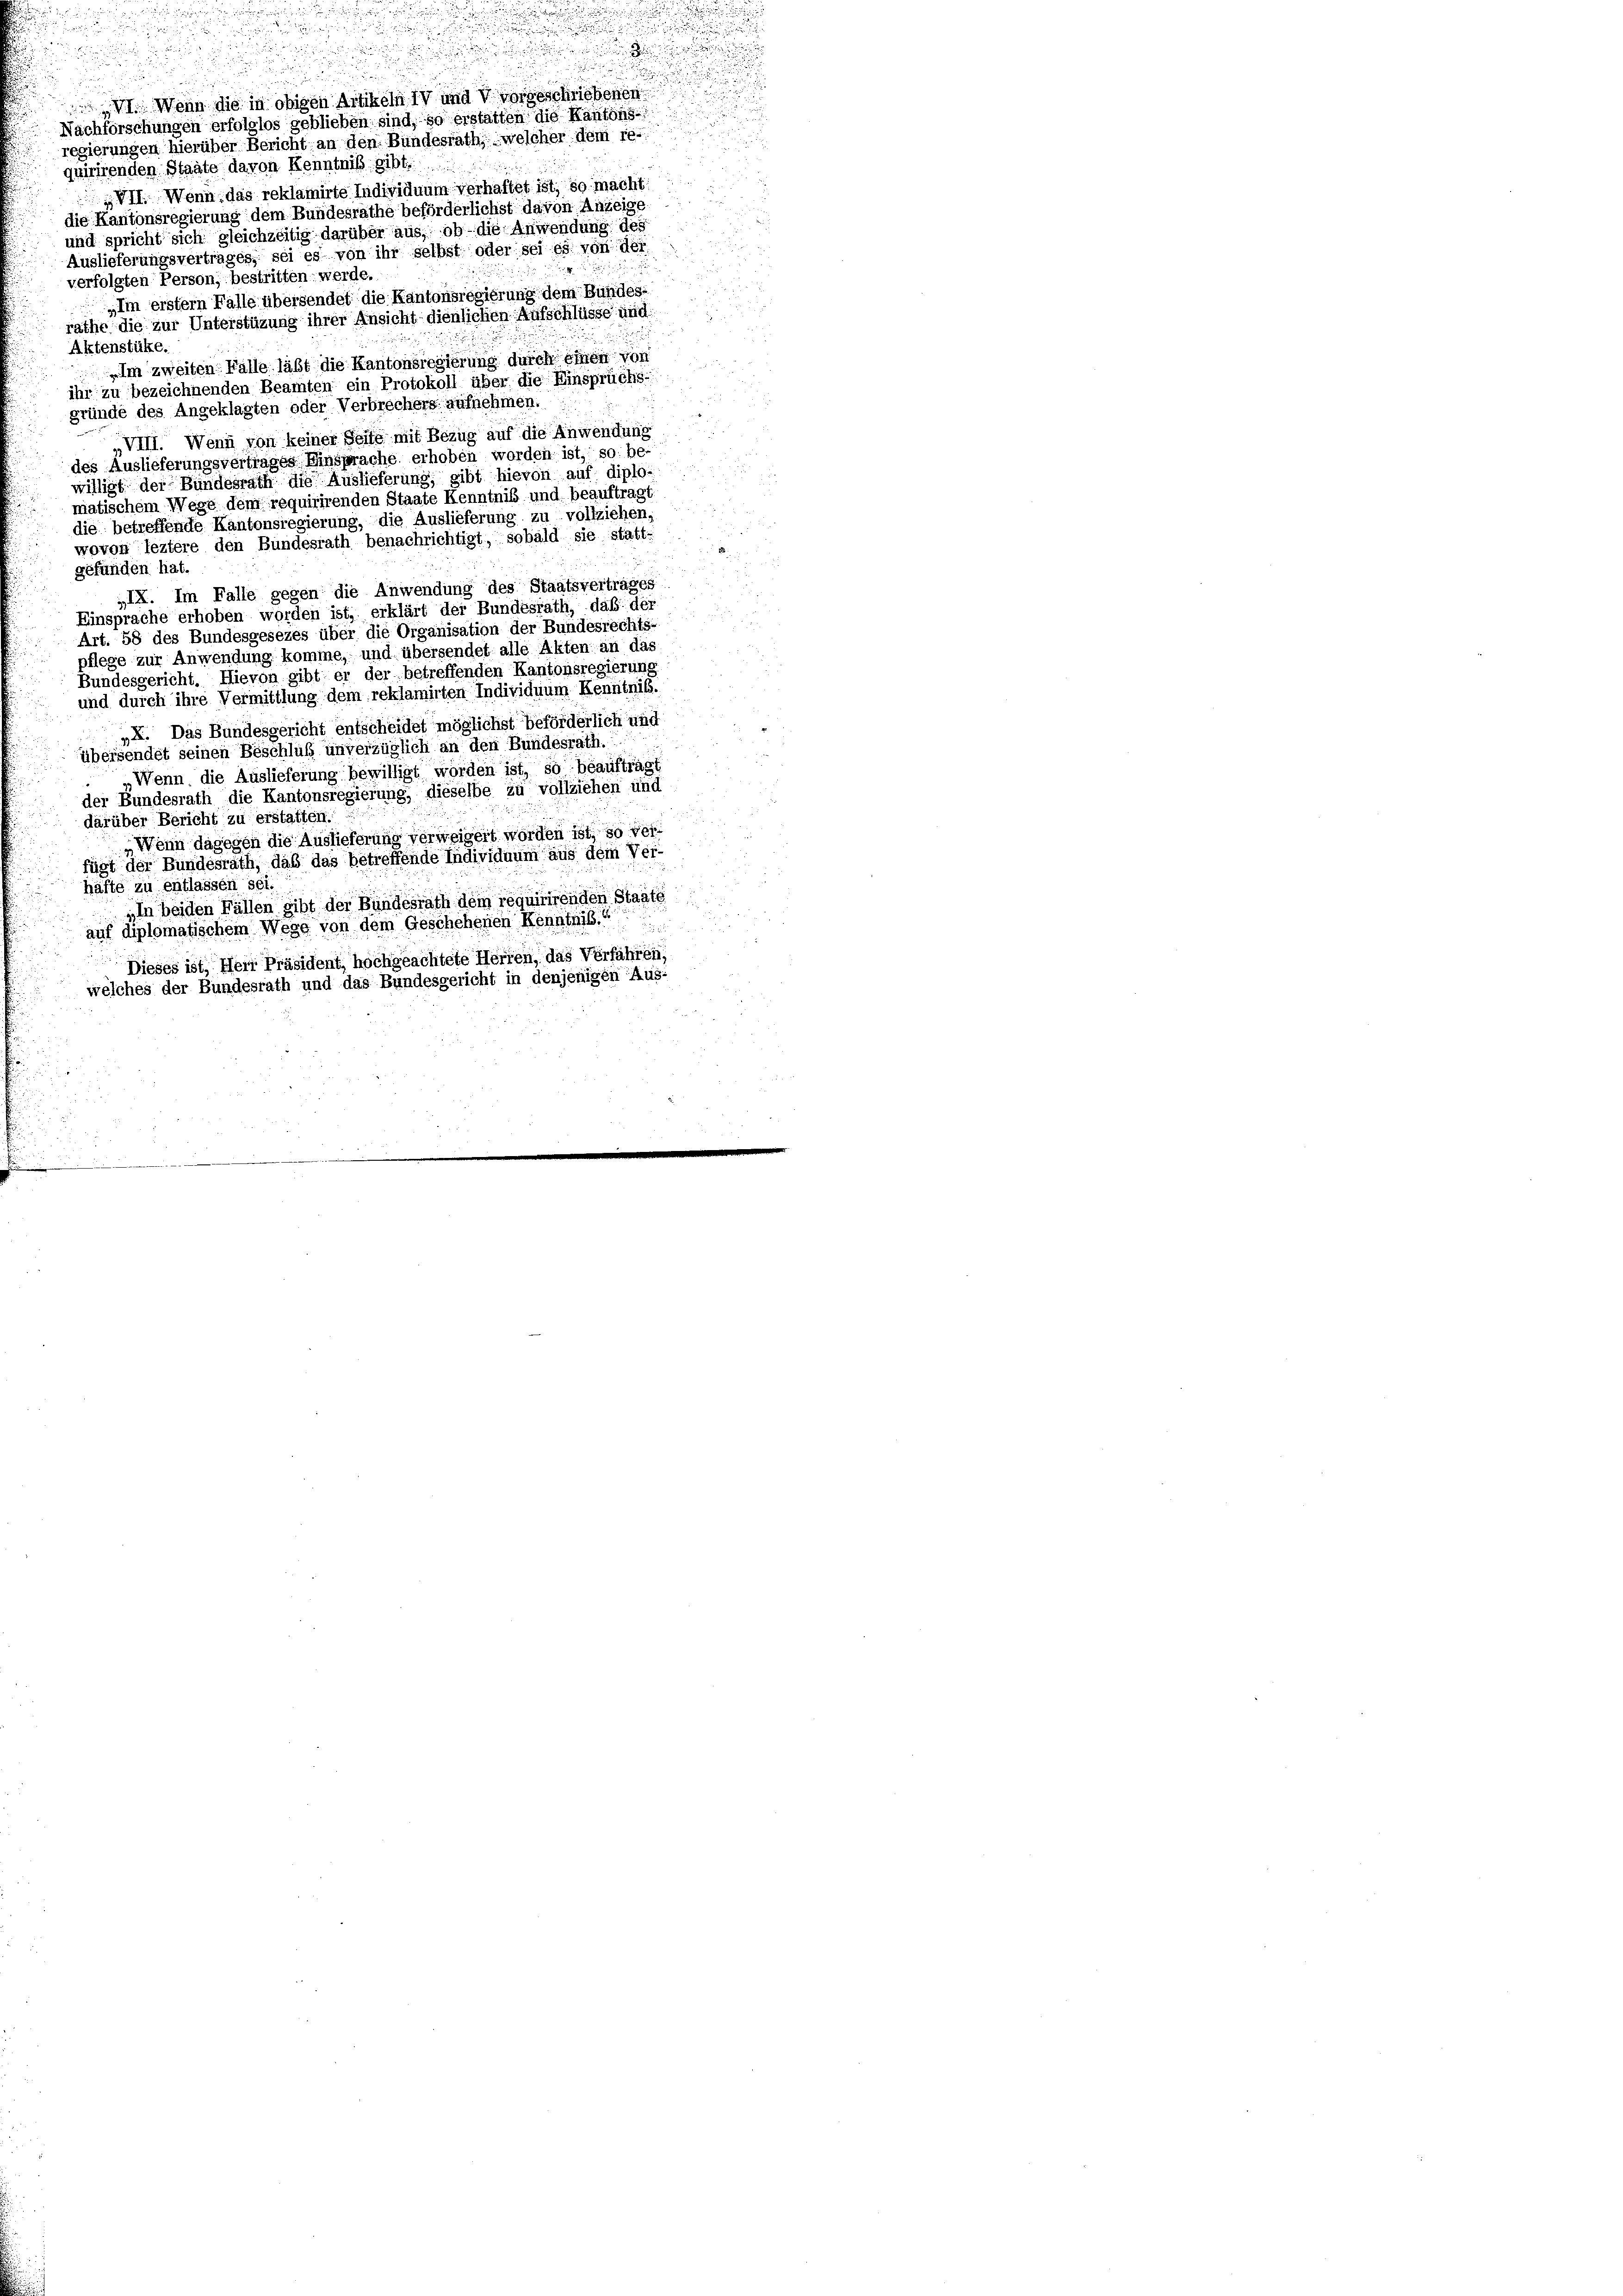
quirirenden Staate davon Kenntniß gibt.
VII. Wenn, das reklamirte Individuum verhaftet ist, so macht
die Kantonsregierung dem Bundesrathe beförderlichst davon Anzeige
und spricht sich gleichzeitig darüber aus, ob die Anwendung des
Auslieferungsvertrages, sei es von ihr selbst oder sei es von der
verfolgten Person, bestritten werde.
„Im erstem Falle übersendet die Kantonsregierung dem Bundes-
rathe die zur Unterstüzung ihrer Ansicht dienlichen Aufschlüsse und
Aktenstüke.
Im zweiten Fälle läßt die Kantonsregierung durch einen von
ihr zu bezeichnenden Beamten ein Protokoll über die Einsprüchs-
gründe des Angeklagten oder Verbrechers aufnehmen.
„VIII. Wenn von keiner Seite mit Bezug auf die Anwendung
des Auslieferungsvertrages Einsprache erhoben worden ist, so be-
willigt der Bundesrath die Auslieferung, gibt hievon auf diplo¬
5
matischem Wege dem requirirenden Staate Kenntniß und beauftragt
die betreffende Kantonsregierung, die Auslieferung zu vollziehen,
wovon leztere den Bundesrath benachrichtigt, sobald sie statt-

gefunden hat.
IX. Im Falle gegen die Anwendung des Staatsvertrages
Einsprache erhoben worden ist, erklärt der Bundesrath, daß der
Art. 58 des Bundesgesezes über die Organisation der Bundesrechts-
pflege zur Anwendung komme, und übersendet alle Akten an das
Bundesgericht. Hievon gibt er der betreffenden Kantonsregierung
und durch ihre Vermittlung dem reklamirten Individuum Kenntnis.
„X. Das Bundesgericht entscheidet möglichst beförderlich und
übersendet seinen Beschluß unverzüglich an den Bundesrath.
Wenn die Auslieferung bewilligt worden ist, so beauftragt
der Bundesrath die Kantonsregierung, dieselbe zu vollziehen und

darüber Bericht zu erstatten.
„Wenn dagegen die Auslieferung verweigert worden ist, so ver-
fügt der Bundesrath, daß das betreffende Individuum aus dem Ver-
häfte zu entlassen sei.
„In beiden Fällen gibt der Bundesrath dem requirirenden Staats
auf diplomatischem Wege von dem Geschehenen Kenntnis.“
Dieses ist, Herr Präsident, hochgeachtete Herren, das Verfahren,
welches der Bundesrath und das Bundesgericht in denjenigen Aus-

r

u

 ein eine

u

VI. Wenn die in obigen Artikeln IV und V vorgeschriebenen
Nachforschungen erfolglos geblieben sind, so erstatten die Kantons-
regierungen hierüber Bericht an den Bundesrath, welcher dem re-

2
a

2